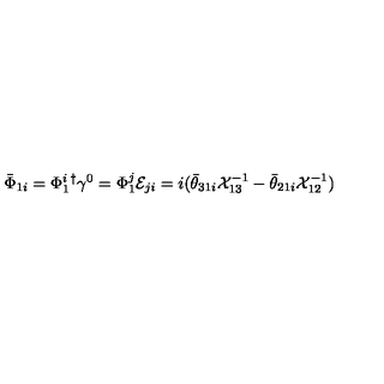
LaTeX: \bar { \Phi } _ { 1 i } = \Phi _ { 1 } ^ { i } { } ^ { \dagger } \gamma ^ { 0 } = \Phi _ { 1 } ^ { j } { \cal E } _ { j i } = i ( \bar { \theta } _ { 3 1 i } { \cal X } _ { 1 3 } ^ { - 1 } - \bar { \theta } _ { 2 1 i } { \cal X } _ { 1 2 } ^ { - 1 } )